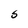
Character: S